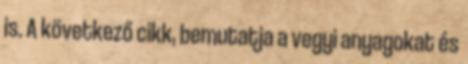
is. A következő cikk, bemutatja a vegyi anyagokat és